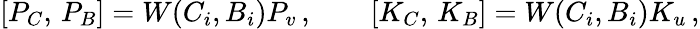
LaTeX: {}[P_{C},\, P_{B}]=W(C_{i},B_{i})P_{v}\, ,\qquad[K_{C},\, K_{B}]=W(C_{i},B_{i})K_{u}\, ,